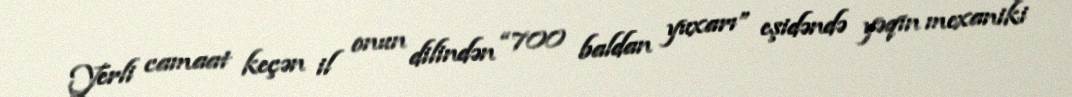
Yerli camaat keçən il onun dilindən “700 baldan yuxarı” eşidəndə yəqin mexaniki